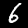
Digit: 6